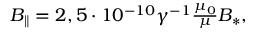
\begin{array} { c } { { B _ { \parallel } = 2 , 5 \cdot 1 0 ^ { - 1 0 } \gamma ^ { - 1 } { \frac { \mu _ { 0 } } { \mu } } B _ { * } , } } \end{array}